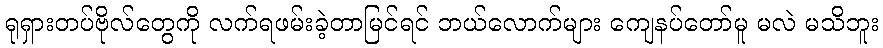
ရုရှားတပ်ဗိုလ်တွေကို လက်ရဖမ်းခဲ့တာမြင်ရင် ဘယ်လောက်များ ကျေနပ်တော်မူ မလဲ မသိဘူး